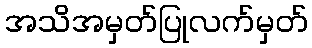
အသိအမှတ်ပြုလက်မှတ်